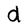
Character: d